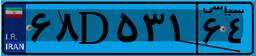
۶۸D۳۲۶۴۹